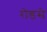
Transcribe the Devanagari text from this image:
रोडसे